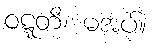
ဝဋ္ဋတိ၊ မအပ်။